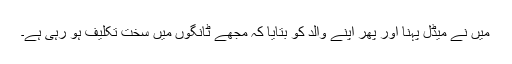
میں نے میڈل پہنا اور پھر اپنے والد کو بتایا کہ مجھے ٹانگوں میں سخت تکلیف ہو رہی ہے۔